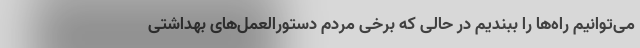
می‌توانیم راه‌ها را ببندیم در حالی که برخی مردم دستورالعمل‌های بهداشتی